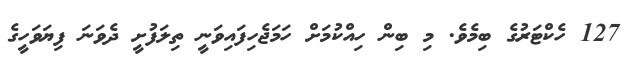
127 ހެކްޓަރުގެ ބިމެވެ. މި ބިން ހިއްކުމަށް ހަމަޖެހިފައިވަނީ ތިލަފުށީ ދެވަނަ ފިޔަވަހީގެ